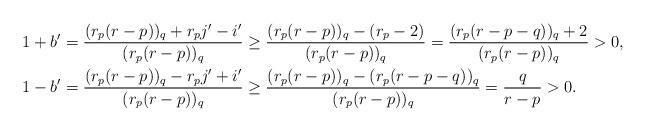
LaTeX: \begin{align*}1+b' &= \dfrac{(r_p(r-p))_q + r_p j' - i'}{(r_p(r-p))_q} \ge \dfrac{(r_p(r-p))_q -(r_p -2)}{(r_p(r-p))_q} = \dfrac{(r_p(r-p-q))_q + 2}{(r_p(r-p))_q} > 0, \\1-b' &= \dfrac{(r_p(r-p))_q - r_p j' + i'}{(r_p(r-p))_q} \ge \dfrac{(r_p(r-p))_q -(r_p(r-p-q))_q}{(r_p(r-p))_q} = \dfrac{q}{r-p} > 0. \end{align*}